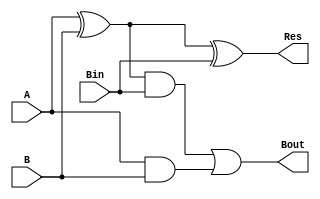
module FullAdder(input A, B, Bin, output Res, Bout);
assign Res = (A^B)^Bin;
assign Bout = ((A^B) & Bin) | (A & B);
endmodule